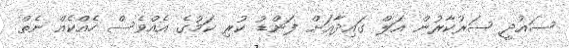
ސައުދީ ސަރުކާރުން އަލް ގައިދާއަށް ފަންޑު ކުރި ކަމުގެ އެއްވެސް ހެއްކެއް ނެތް